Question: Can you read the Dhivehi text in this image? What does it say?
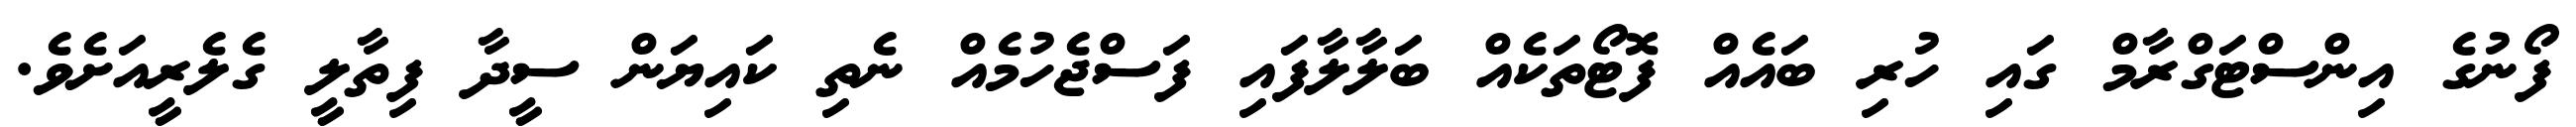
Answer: ފޯނުގެ އިންސްޓަގްރާމް ގައި ހުރި ބައެއް ފޮޓޯތަކެއް ބަލާލާފައި ފަސްޖެހުމެއް ނެތި ކައިޔަން ސީދާ ފިތާލީ ގެލެރީއަށެވެ.